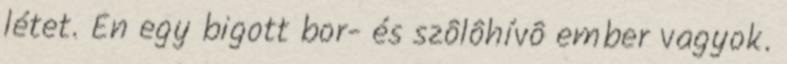
létet. Én egy bigott bor- és szôlôhívô ember vagyok.